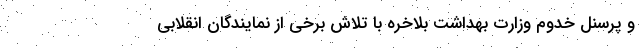
و پرسنل خدوم وزارت بهداشت بلاخره با تلاش برخی از نمایندگان انقلابی